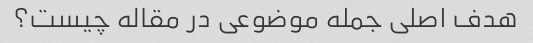
هدف اصلی جمله موضوعی در مقاله چیست؟